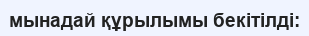
мынадай құрылымы бекітілді: